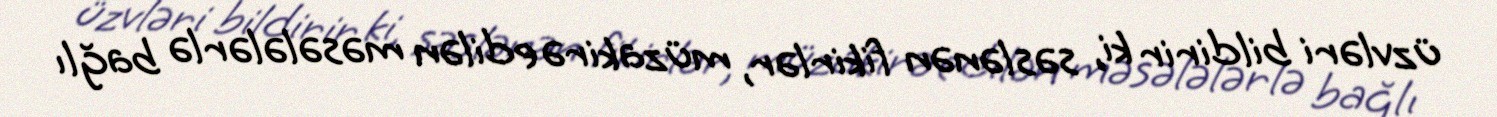
üzvləri bildirir ki, səslənən fikirlər, müzakirə edilən məsələlərlə bağlı